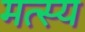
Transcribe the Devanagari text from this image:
मत्स्‍य